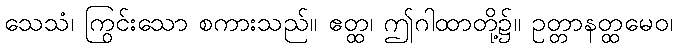
သေသံ၊ ကြွင်းသော စကားသည်။ ဧတ္ထ၊ ဤဂါထာတို့၌။ ဥတ္တာနတ္ထမေဝ၊